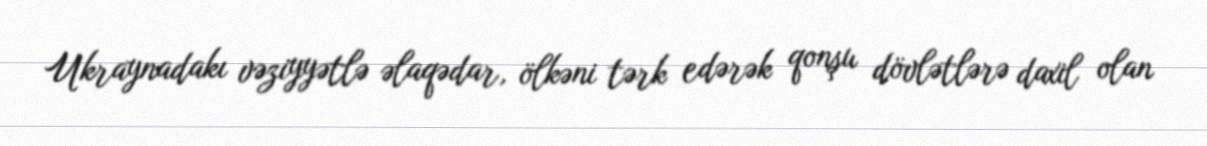
Ukraynadakı vəziyyətlə əlaqədar, ölkəni tərk edərək qonşu dövlətlərə daxil olan